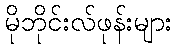
မိုဘိုင်းလ်ဖုန်းများ